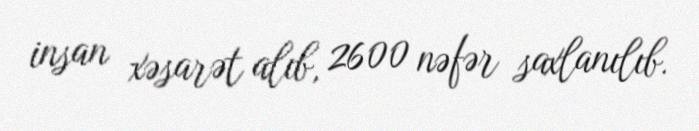
insan xəsarət alıb, 2600 nəfər saxlanılıb.